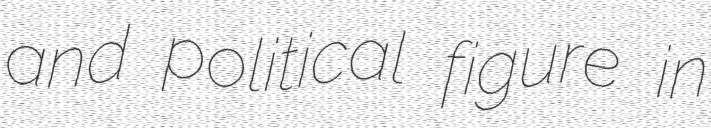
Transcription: and political figure in